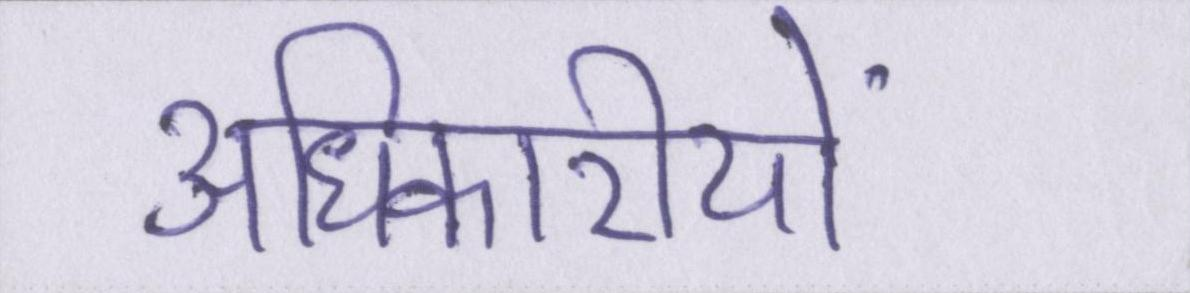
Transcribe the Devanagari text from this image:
अधिकारीयों